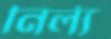
নির্ল্য